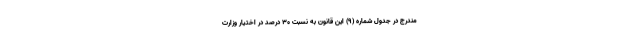
مندرج در جدول شماره (۹) این قانون به نسبت ۳۰ درصد در اختیار وزارت